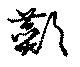
鄼